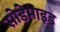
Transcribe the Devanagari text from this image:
सोडेमाइड